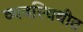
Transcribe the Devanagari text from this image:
व्यवस्थिथीत